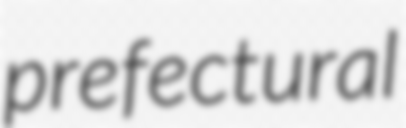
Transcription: prefectural